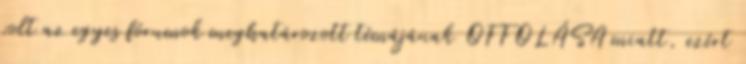
volt az egyes fórumok meghatározott témájának OFFOLÁSA miatt, ezért